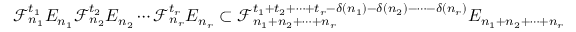
\mathcal F _ { n _ { 1 } } ^ { t _ { 1 } } E _ { n _ { 1 } } \mathcal F _ { n _ { 2 } } ^ { t _ { 2 } } E _ { n _ { 2 } } \cdots \mathcal F _ { n _ { r } } ^ { t _ { r } } E _ { n _ { r } } \subset \mathcal F _ { n _ { 1 } + n _ { 2 } + \cdots + n _ { r } } ^ { t _ { 1 } + t _ { 2 } + \cdots + t _ { r } - \delta ( n _ { 1 } ) - \delta ( n _ { 2 } ) - \cdots - \delta ( n _ { r } ) } E _ { n _ { 1 } + n _ { 2 } + \cdots + n _ { r } }